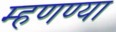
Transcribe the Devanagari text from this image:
म्हणण्या